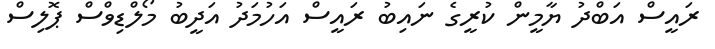
ރައީސް އަބްދު ޔާމީން ކުރީގެ ނައިބު ރައީސް އަހުމަދު އަދީބު މޯލްޑިވްސް ޕޮލިސް